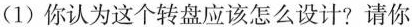
(1)你认为这个转盘应该怎么设计?请你